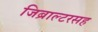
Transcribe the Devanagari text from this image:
जिब्राल्टरसह